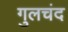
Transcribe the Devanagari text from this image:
गुलचंद